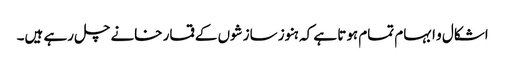
اشکال و ابہام تمام ہوتا ہے کہ ہنوز سازشوں کے قمار خانے چل رہے ہیں۔